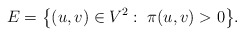
\begin{align*}E=\big\{(u,v)\in V^2:\; \pi(u,v)>0\big\}.\end{align*}